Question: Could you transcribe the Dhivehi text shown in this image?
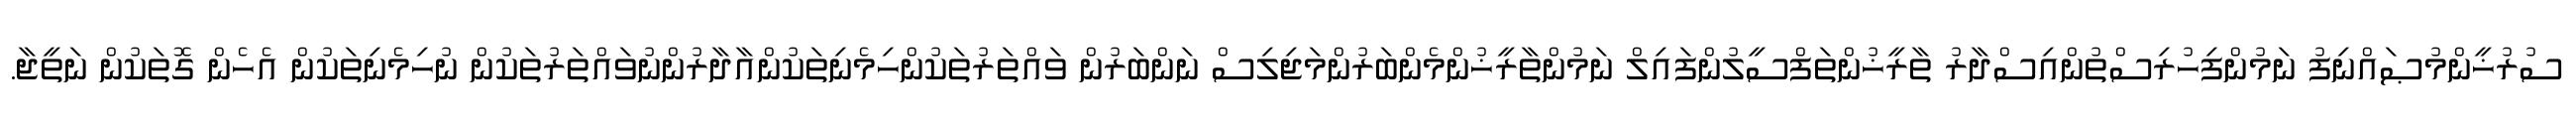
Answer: ސުރުޚީންމުޞައްނިފު ނަމުންފިހުރިސްތުންއިސްދާރު ތާރީޚުންތަފްސީލުންފައިލް ނަމުންތާރީޚުންމެންބަރުންމަޖިލިސް ނަންބަރުން ވައްތަރުތަކުންހިމެނިތަކުންއާދާރުންނުވައްތަރުތަކުން ނުހިމެނިތަކުން އެހެން ގޮތަކުން ނަތީޖާ.